Annual statistical returns and brief notes on vaccination in Bengal - 1887-1898
Year: 1887
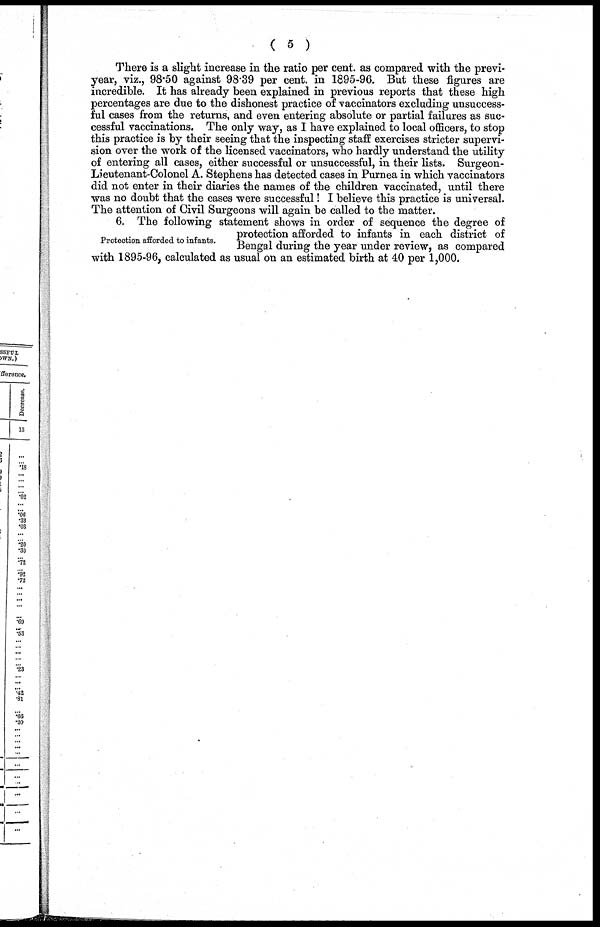
( 5 )
There is a slight increase in the ratio per cent. as compared with the previ¬
year, viz., 98.50 against 98.39 per cent. in 1895-96. But these figures are
incredible. It has already been explained in previous reports that these high
percentages are due to the dishonest practice of vaccinators excluding unsuccess-
ful cases from the returns, and even entering absolute or partial failures as suc-
cessful vaccinations. The only way, as I have explained to local officers, to stop
this practice is by their seeing that the inspecting staff exercises stricter supervi-
sion over the work of the licensed vaccinators, who hardly understand the utility
of entering all cases, either successful or unsuccessful, in their lists. Surgeon¬
Lieutenant-Colonel A. Stephens has detected cases in Purnea in which vaccinators
did not enter in their diaries the names of the children vaccinated, until there
was no doubt that the cases were successful! I believe this practice is universal.
The attention of Civil Surgeons will again be called to the matter.
Protection afforded to infants.
6. The following statement shows in order of sequence the degree of
protection afforded to infants in each district of
Bengal during the year under review, as compared
with 1895-96, calculated as usual on an estimated birth at 40 per 1,000.